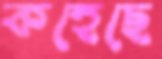
কহেছে